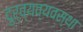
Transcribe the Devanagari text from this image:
दुर्व्यव्यवस्था